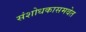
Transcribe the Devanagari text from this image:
संशोधकासमवेत